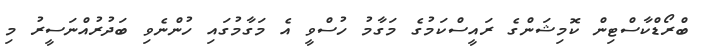
ބްރޯޑްކާސްޓިން ކޮމިޝަންގެ ރައީސްކަމުގެ މަގާމު ހުސްވީ އެ މަގާމުގައި ހުންނެވި ބަދުރުއްނަސީރު މި